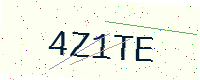
Text: 4Z1TE